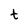
Character: t